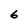
Character: 6